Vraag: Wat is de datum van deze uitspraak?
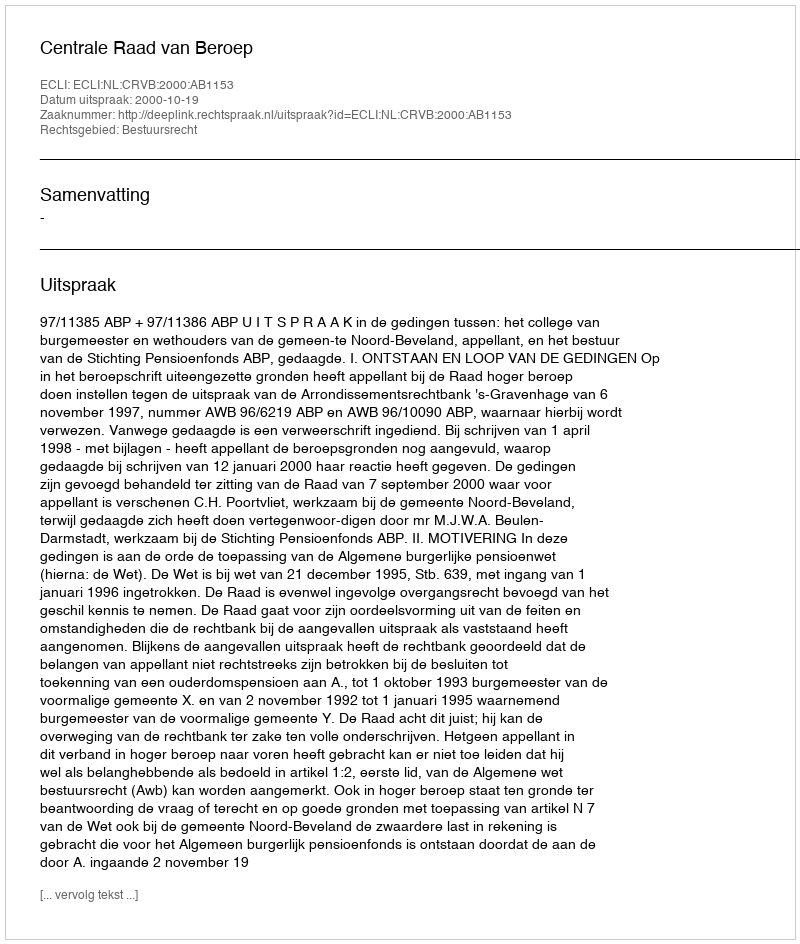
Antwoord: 2000-10-19